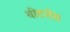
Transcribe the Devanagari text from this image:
बीटलेस